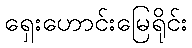
ရှေးဟောင်းမြေရိုင်း